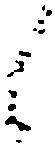
候